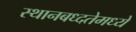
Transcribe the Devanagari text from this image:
स्थानबध्दतेमध्ये